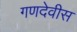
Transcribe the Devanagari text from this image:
गणदेवीस